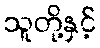
သူတို့နှင့်